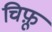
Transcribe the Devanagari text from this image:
चिफ़ू